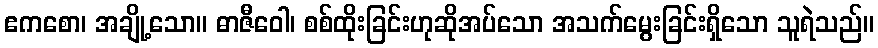
ဧကစော၊ အချို့သော။ ဓာဇီဝေါ၊ စစ်ထိုးခြင်းဟုဆိုအပ်သော အသက်မွေးခြင်းရှိသော သူရဲသည်။